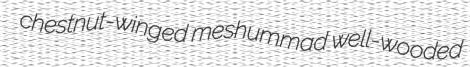
chestnut-winged meshummad well-wooded